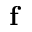
{ \bf f }